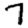
Digit: 7